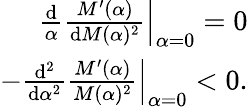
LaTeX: \begin{array}{r}{\left.\frac{\mathrm{d}}{\alpha}\frac{M^{\prime}(\alpha)}{\mathrm{d}M(\alpha)^{2}}\right|_{\alpha=0}=0}\\ {-\left.\frac{\mathrm{d}^{2}}{\mathrm{d}\alpha^{2}}\frac{M^{\prime}(\alpha)}{M(\alpha)^{2}}\right|_{\alpha=0}<0.}\end{array}